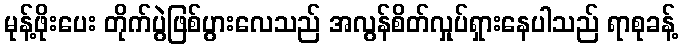
မုန့်ဖိုးပေး တိုက်ပွဲဖြစ်ပွားလေသည် အလွန်စိတ်လှုပ်ရှားနေပါသည် ရာစုခန့်